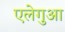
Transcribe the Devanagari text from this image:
एलेगुआ